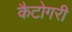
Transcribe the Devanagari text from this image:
कैटोगरी